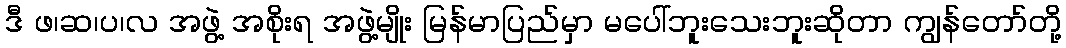
ဒီ ဖ၊ဆ၊ပ၊လ အဖွဲ့ အစိုးရ အဖွဲ့မျိုး မြန်မာပြည်မှာ မပေါ်ဘူးသေးဘူးဆိုတာ ကျွန်တော်တို့